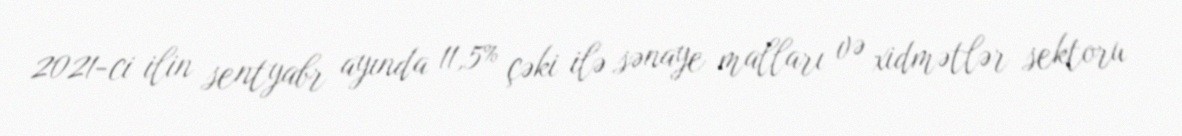
2021-ci ilin sentyabr ayında 11,5% çəki ilə sənaye malları və xidmətlər sektoru